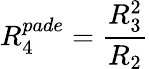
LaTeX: R_{4}^{pade}=\frac{R_{3}^{2}}{R_{2}}